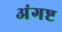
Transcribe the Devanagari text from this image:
अंगष्ट